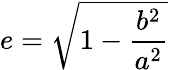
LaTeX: e={\sqrt{1-{\frac{b^{2}}{a^{2}}}}}